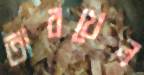
তারখেল